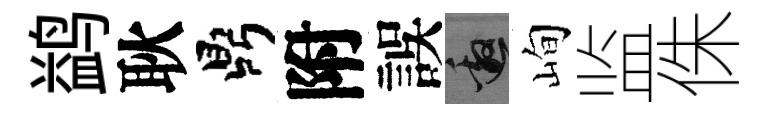
鹢耿鼎附誤邀峋监侏